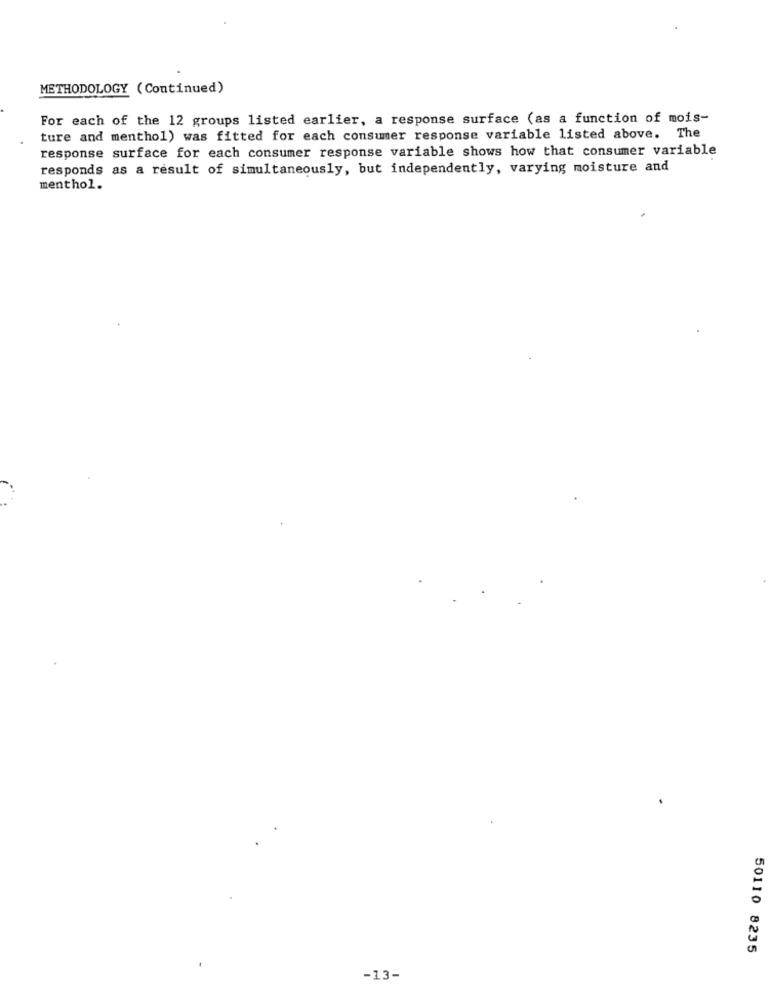
METHODOLOGY (Continued)
For each of the 12 groups listed earlier, a response surface (as a function of mois-
ture and menthol) was fitted for each consumer response variable listed above. The
response surface for each consumer response variable shows how that consumer variable
responds as a result of simultaneously, but independently, varying moisture and
menthol.
50110 8235
-13-